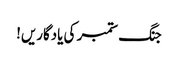
جنگ ستمبر کی یادگاریں!